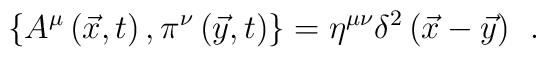
\left\{ A^\mu \left( \vec x,t\right) ,\pi ^\nu \left( \vec y,t\right)\right\} =\eta ^{\mu \nu }\delta ^2\left( \vec x-\vec y\right) \;\,.